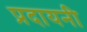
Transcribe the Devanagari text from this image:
प्रदायनी